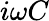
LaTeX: i\omega C